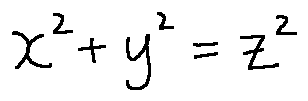
x ^ { 2 } + y ^ { 2 } = z ^ { 2 }